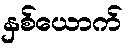
နှစ်ယောက်